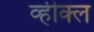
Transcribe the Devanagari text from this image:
व्हीक्ल